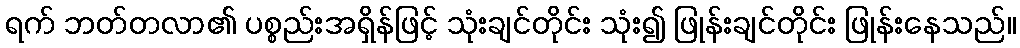
ရက် ဘတ်တလာ၏ ပစ္စည်းအရှိန်ဖြင့် သုံးချင်တိုင်း သုံး၍ ဖြုန်းချင်တိုင်း ဖြုန်းနေသည်။